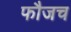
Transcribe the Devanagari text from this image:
फौजच